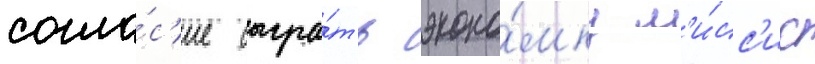
согла́с'ие сыгра́ть эконо́мку м'и́сс'ис